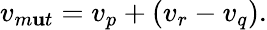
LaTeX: {}v_{m\mathbf{u}t}=v_{p}+(v_{r}-v_{q}).